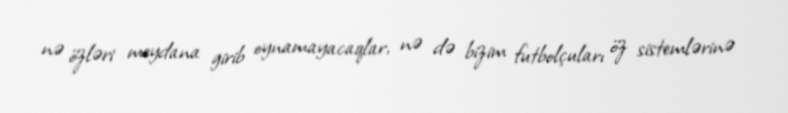
nə özləri meydana girib oynamayacaqlar, nə də bizim futbolçuları öz sistemlərinə